65_HS1-834228961_62-HQ-83894_SUB_A
Agency: FBI
Page 53
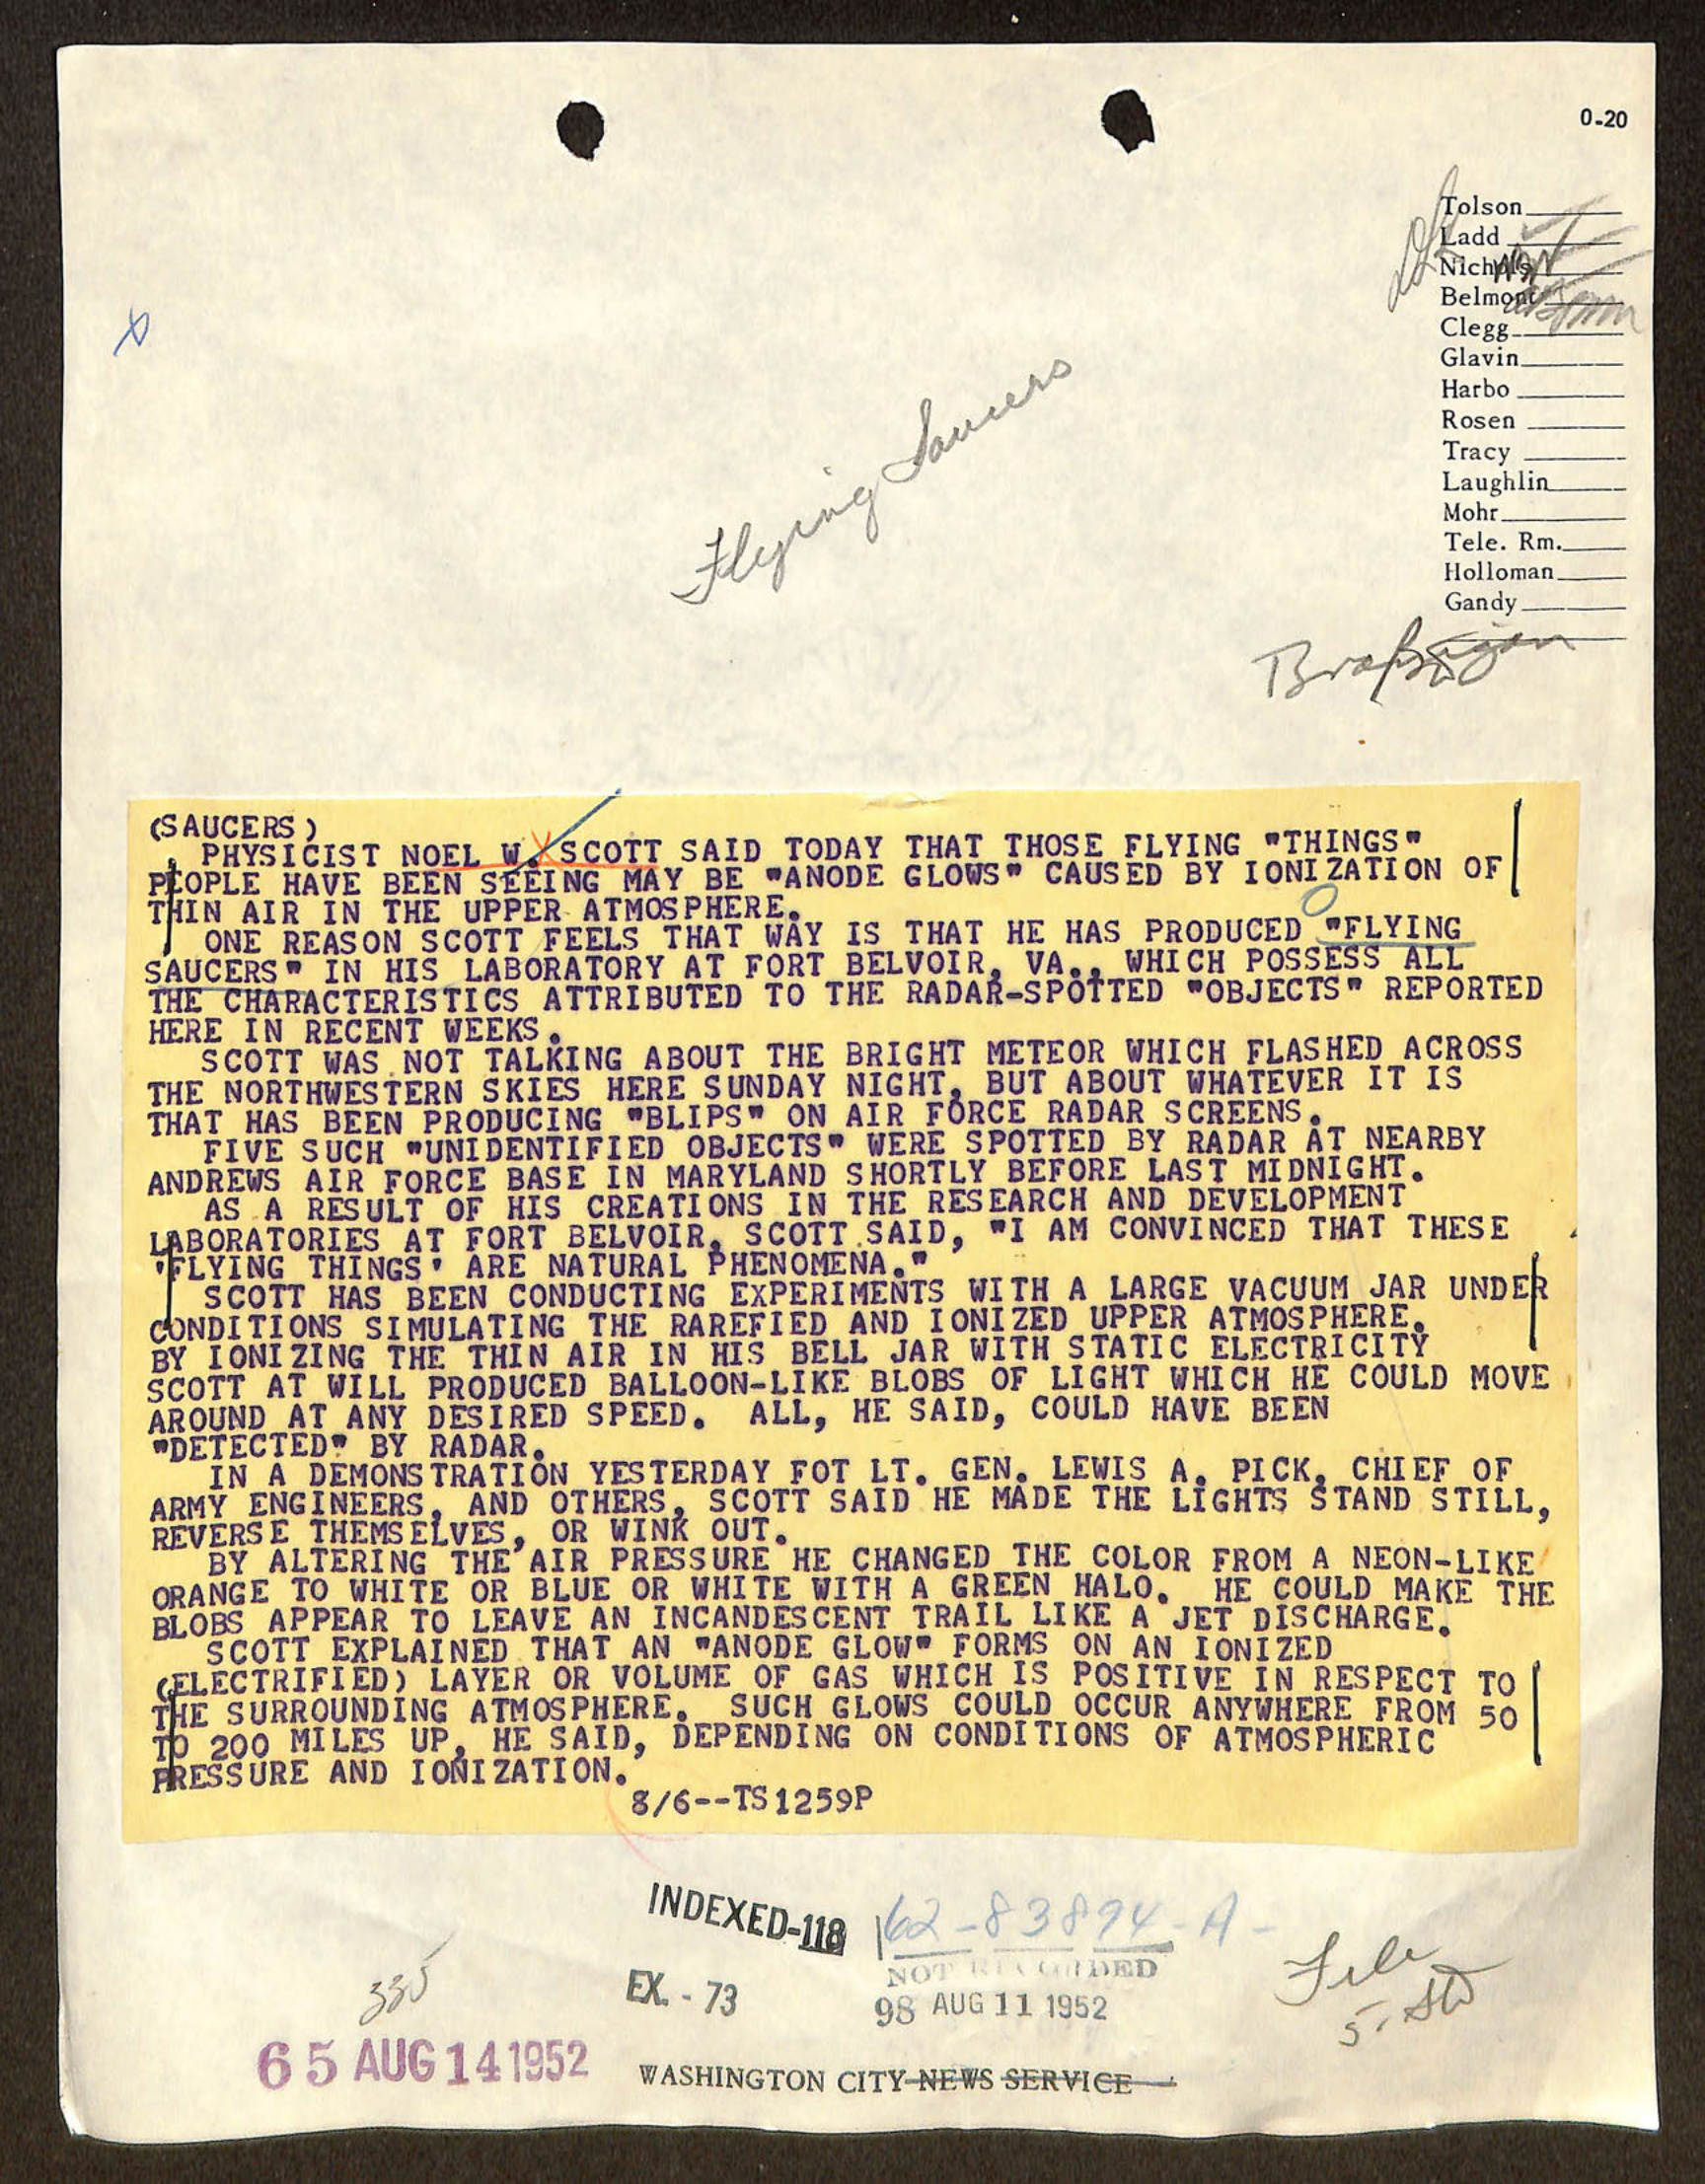